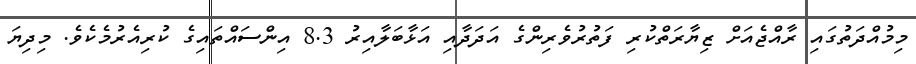
މިމުއްދަތުގައި ރާއްޖެއަށް ޒިޔާރަތްކުރި ފަތުރުވެރިންގެ އަދަދާއި އަޅާބަލާއިރު 8.3 އިންސައްތައިގެ ކުރިއެރުމެކެވެ. މިދިޔަ